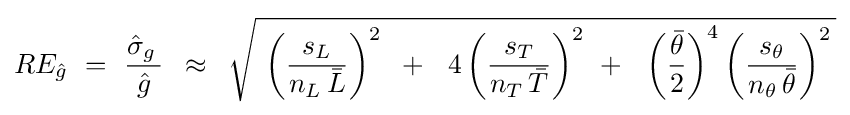
RE_{\hat {g}}\,\,=\,\,{{{\hat {\sigma }}_{g}\,} \over {\hat {g}}}\,\,\,\approx \,\,\,{\sqrt {\,\,\left({{s_{L}} \over {n_{L}\,{\bar {L}}}}\right)^{2}\,\,\,+\,\,\,\,4\left({{s_{T}} \over {n_{T}\,{\bar {T}}}}\right)^{2}\,\,+\,\,\,\,\left({{\bar {\theta }} \over 2}\right)^{4}\left({{s_{\theta }} \over {n_{\theta }\,{\bar {\theta }}}}\right)^{2}\,}}